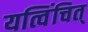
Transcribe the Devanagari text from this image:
यत्विंचित्